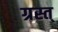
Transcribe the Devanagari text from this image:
ग्रस्त्